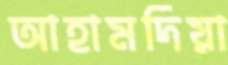
আহামদিয়া